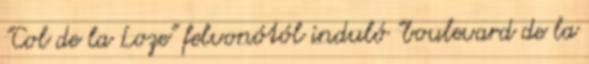
"Col de la Loze" felvonótól induló "boulevard de la